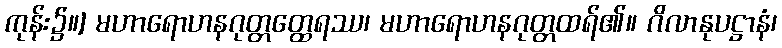
ကုန်း၌။] မဟာရောဟနဂုတ္တတ္ထေရဿ၊ မဟာရောဟနဂုတ္တထရ်၏။ ဂိလာနုပဋ္ဌာနံ၊